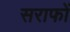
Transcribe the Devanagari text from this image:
सराफों